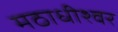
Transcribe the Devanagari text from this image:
मठाधीश्वर